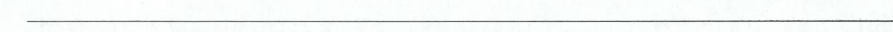
___